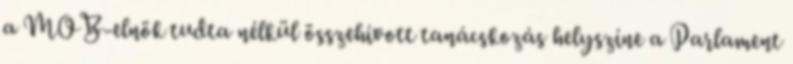
a MOB-elnök tudta nélkül összehívott tanácskozás helyszíne a Parlament